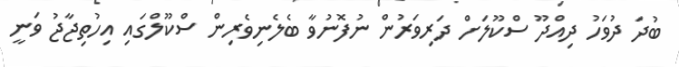
ބުދަ ދުވަހު ދިއްދޫ ސްކޫލަށް ދަރިވަރުން ނުފޮނުވާ ބެލެނިވެރިން ސްކޫލްގައި އިހުތިޖާޖު ވަނީ